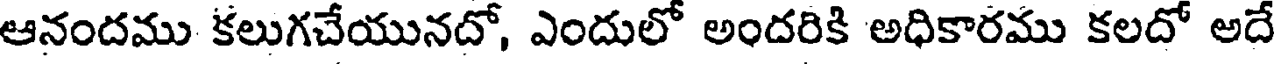
ఆనందము కలుగచేయునదో, ఎందులో అందరికి అధికారము కలదో అదే